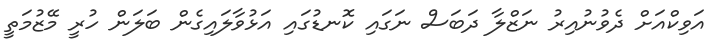
އަވިކްއަށް ދެވުނުއިރު ނަޒްލާ ދަބަސް ނަގައި ކޮނޑުގައި އަޅުވާލައިގެން ބަލަން ހުރީ މޭޒުމަތީ